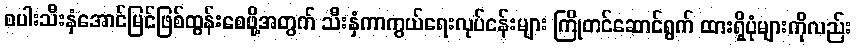
စပါးသီးနှံအောင်မြင်ဖြစ်ထွန်းစေဖို့အတွက် သီးနှံကာကွယ်ရေးလုပ်ငန်းများ ကြိုတင်ဆောင်ရွက် ထားရှိပုံများကိုလည်း